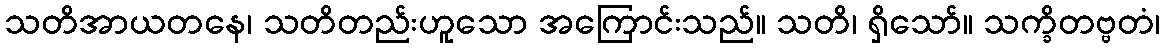
သတိအာယတနေ၊ သတိတည်းဟူသော အကြောင်းသည်။ သတိ၊ ရှိသော်။ သက္ခိတဗ္ဗတံ၊